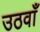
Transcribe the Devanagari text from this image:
उठवाँ